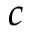
c